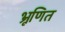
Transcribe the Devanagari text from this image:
भ्रूणित